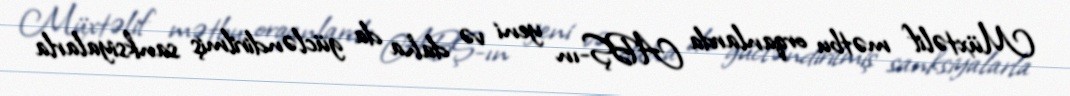
Müxtəlif mətbu orqanlarda ABŞ-ın yeni və daha da gücləndirilmiş sanksiyalarla